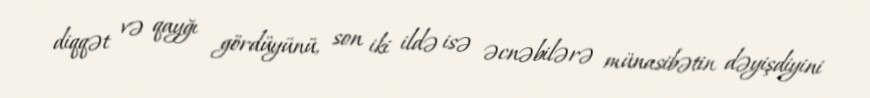
diqqət və qayğı gördüyünü, son iki ildə isə əcnəbilərə münasibətin dəyişdiyini